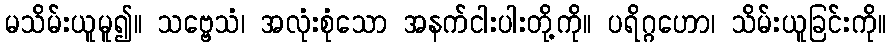
မသိမ်းယူမူ၍။ သဗ္ဗေသံ၊ အလုံးစုံသော အနက်ငါးပါးတို့ကို။ ပရိဂ္ဂဟော၊ သိမ်းယူခြင်းကို။